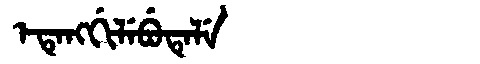
Manchu: ᡝᡨᡝᠩᡤᡳᠯᡝᠪᡠᡨᡝᠯᡝ
Romanization: ETENGGILEBUTELE